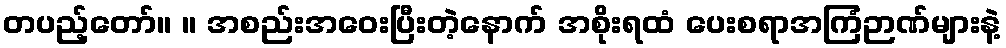
တပည့်တော်။ ။ အစည်းအဝေးပြီးတဲ့နောက် အစိုးရထံ ပေးစရာအကြံဉာဏ်များနဲ့